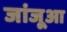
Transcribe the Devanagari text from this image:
जांजूआ